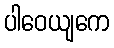
ပါဝေယျကေ